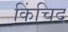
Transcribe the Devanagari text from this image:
किंचिद